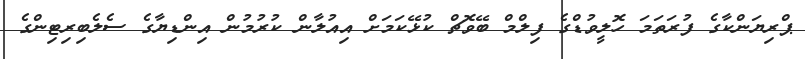
ޕްރިޔަންކާގެ ފުރަތަމަ ހޮލީވުޑްގެ ފިލްމް ބޭވޮޗް ކުޅޭކަމަށް އިއުލާން ކުރުމުން އިންޑިޔާގެ ސެލެބިރިޓިންގެ